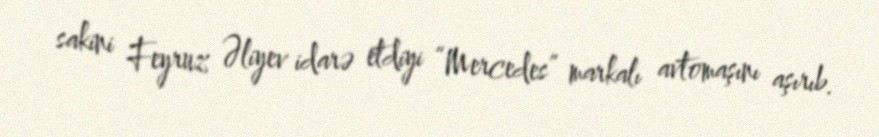
sakini Feyruz Əliyev idarə etdiyi “Mercedes” markalı avtomaşını aşırıb.